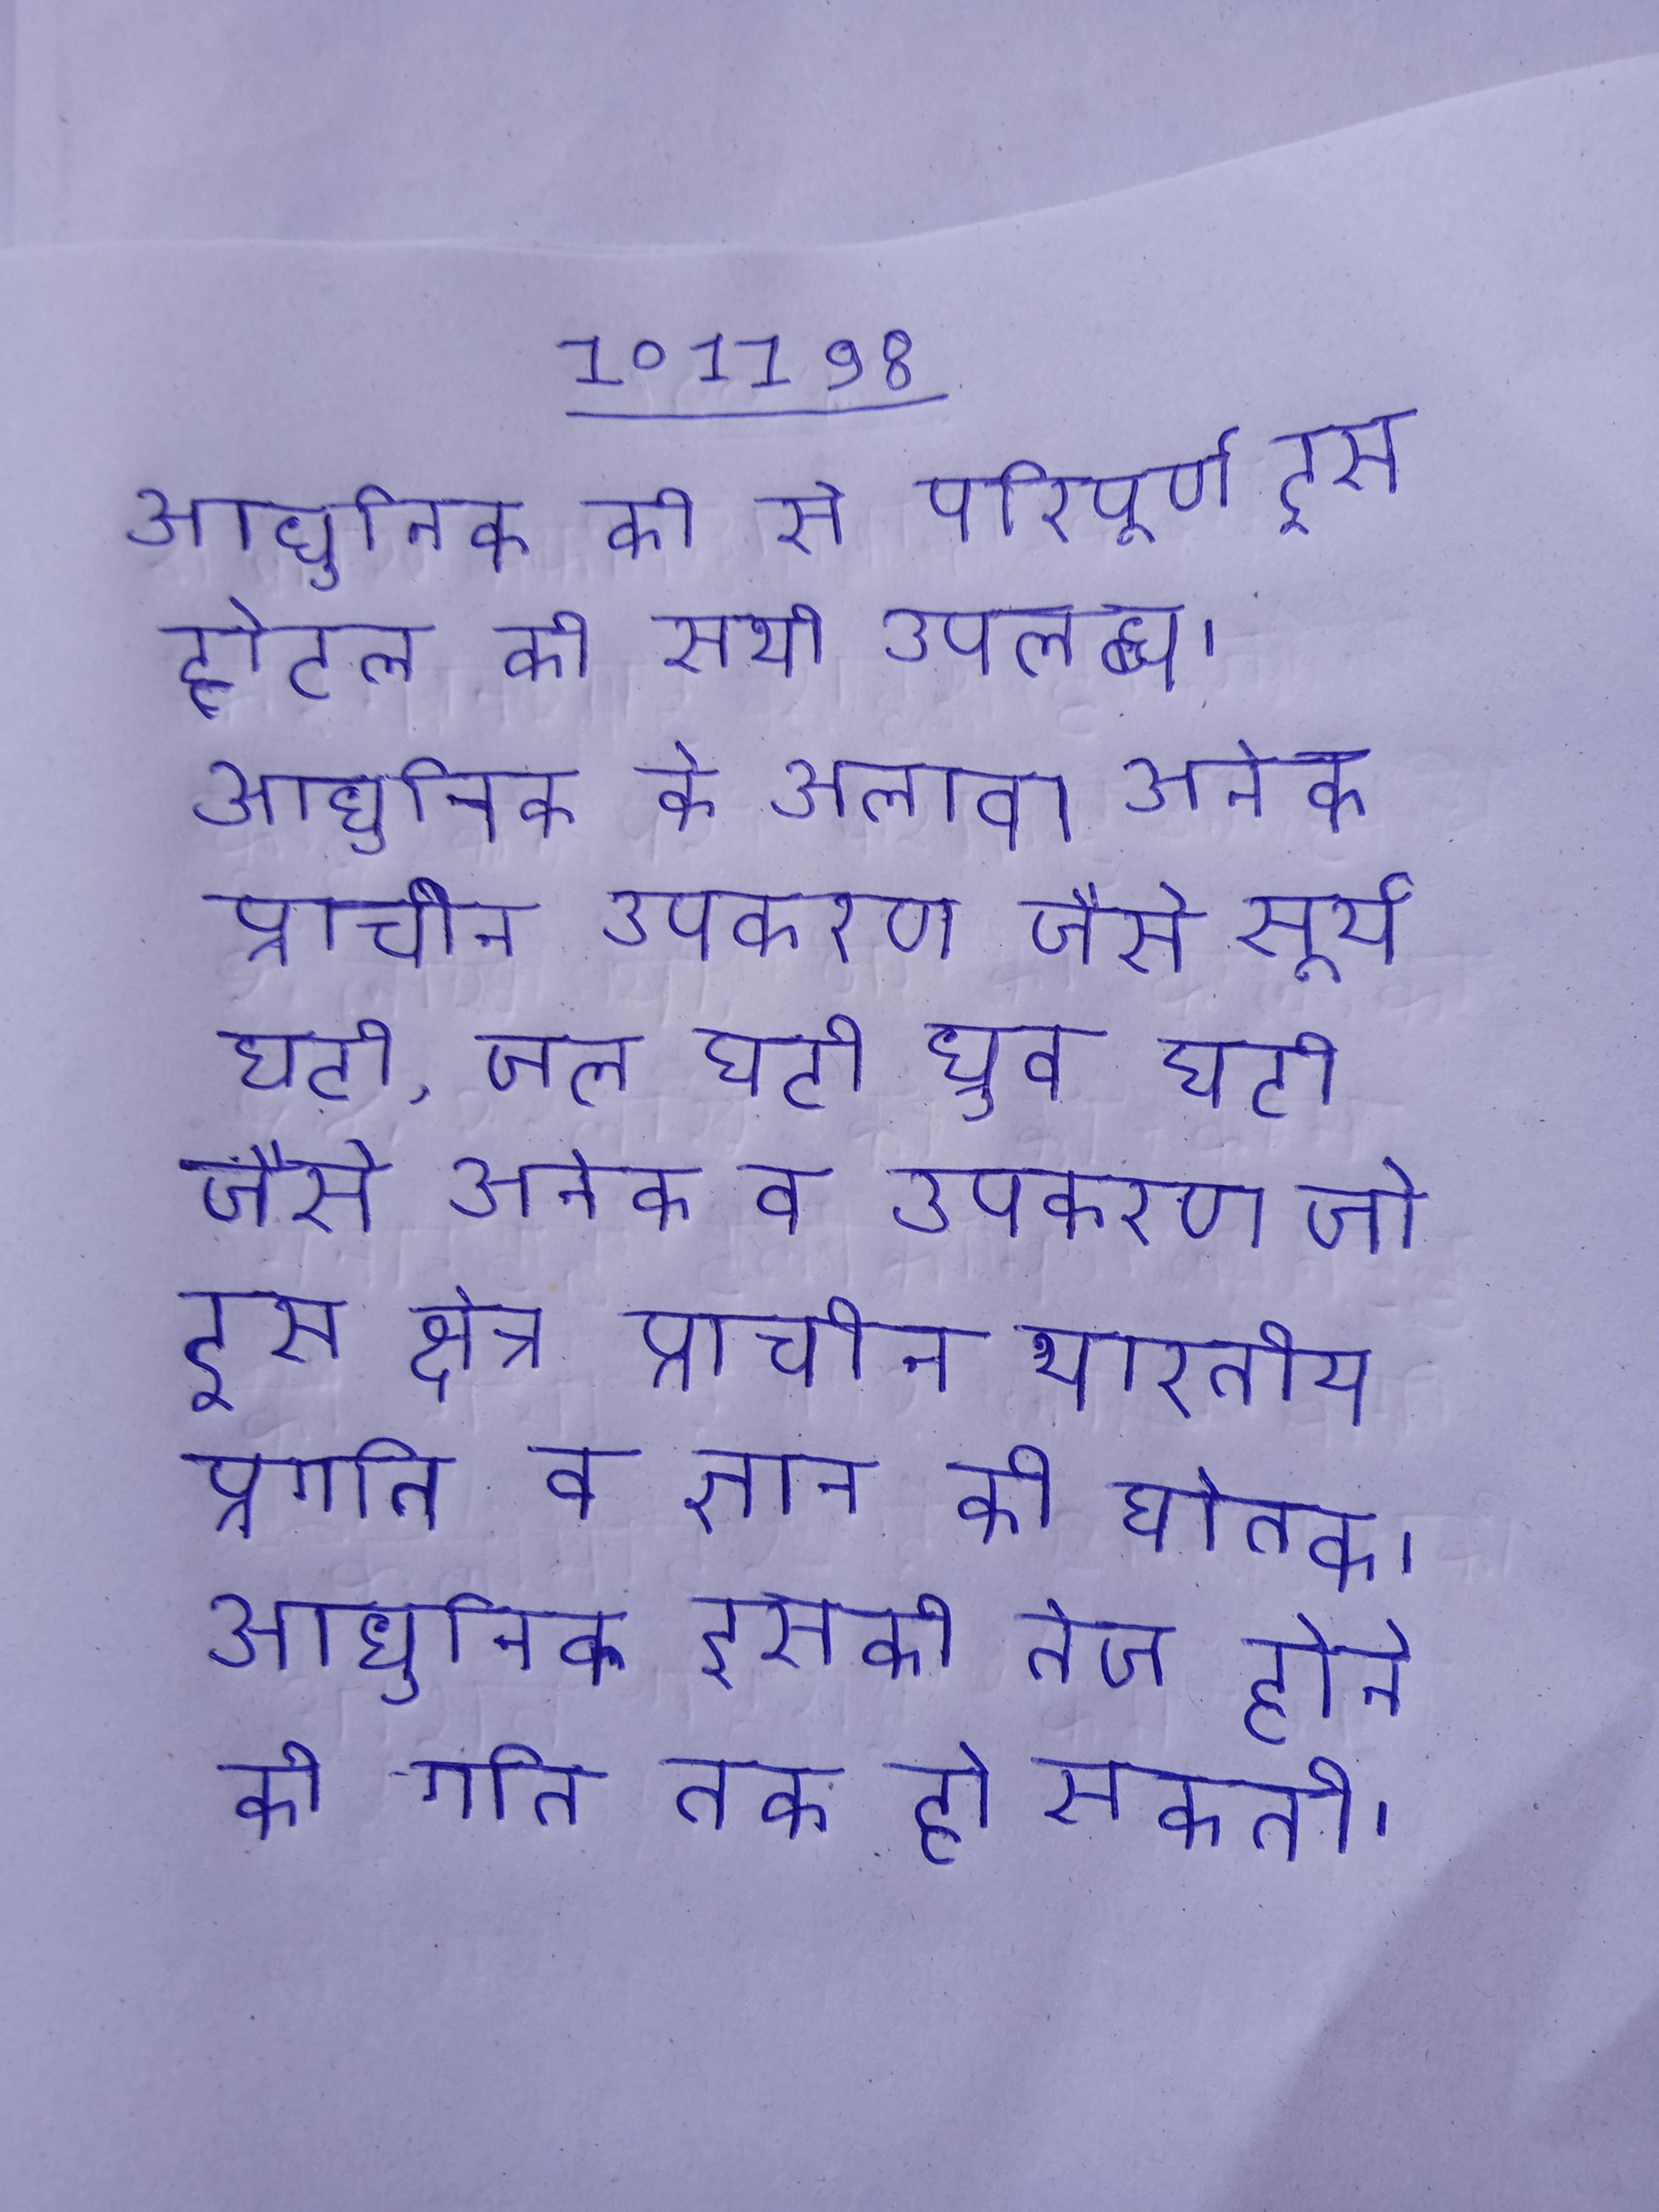
आधुनिक की से परिपूर्ण इस होटल की सभी उपलब्ध । आधुनिक के अलावा अनेक प्राचीन उपकरण जैसे सूर्य घटी, जल घटी ध्रुव घटी जैसे अनेक व उपकरण जो इस क्षेत्र प्राचीन भारतीय प्रगति व ज्ञान की द्योतक । आधुनिक इसकी तेज होने की गति तक हो सकती ।